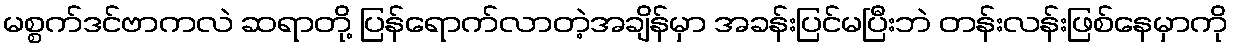
မစ္စက်ဒင်ဗာကလဲ ဆရာတို့ ပြန်ရောက်လာတဲ့အချိန်မှာ အခန်းပြင်မပြီးဘဲ တန်းလန်းဖြစ်နေမှာကို